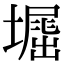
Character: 𡑥